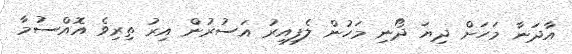
އާދަނާ މަހަށް ދިޔަ ދޯނި މަހުން ލެފިއިރު އަސުރުން އިރު ތިރިވެ އޮއްސުމާ